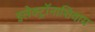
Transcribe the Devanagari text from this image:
इलेक्ट्रॉनाशिवाय